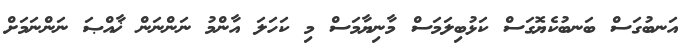
އަނބުގަސް ބަނބުކެޔޮގަސް ކަޅުބިލަމަސް މާނިޔާމަސް މި ކަހަލަ އާންމު ނަންނަން ޚާއްޞަ ނަންނަމަށް